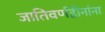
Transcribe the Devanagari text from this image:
जातिवर्णहीनांना